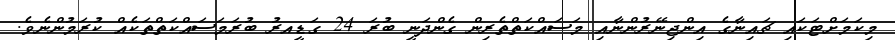
މިކަމަށްޓަކައި ޗައިނާގެ އިންޖިނޭރުންނާއި މަސައްކަތްތެރިން ގެންދަނީ ބުރަ 24 ގަޑީއރު ބުރަމަސައްކަތްތަކެއް ކުރަމުންނެވެ.